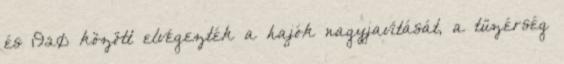
és 1920 között elvégezték a hajók nagyjavítását, a tüzérség